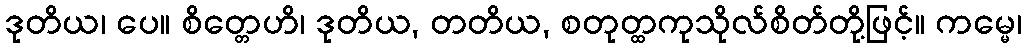
ဒုတိယ၊ ပေ။ စိတ္တေဟိ၊ ဒုတိယ, တတိယ, စတုတ္ထကုသိုလ်စိတ်တို့ဖြင့်။ ကမ္မေ၊